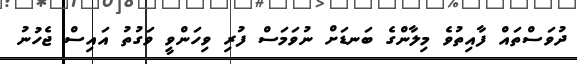
ދުވަސްތައް ފާއިތުވެ މިލާންގެ ބަނޑަށް ނުވަމަސް ފުރި ވިހަންވީ ވަގުތު އައިސް ޖެހުނު